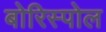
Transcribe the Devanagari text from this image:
बोरिस्पोल